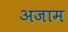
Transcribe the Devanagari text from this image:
अजाम